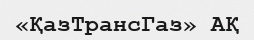
«ҚазТрансГаз» АҚ